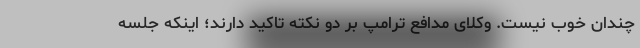
چندان خوب نیست. وکلای مدافع ترامپ بر دو نکته تاکید دارند؛ اینکه جلسه